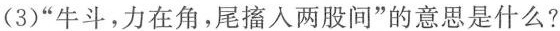
(3)”牛斗，力在角，尾搐人两股间”的意思是什么?